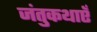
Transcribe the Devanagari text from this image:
जंतुकथाएँ